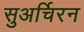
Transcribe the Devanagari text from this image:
सुअर्चिरन